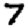
Digit: 7